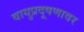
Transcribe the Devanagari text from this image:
वायुप्रदूषणावर